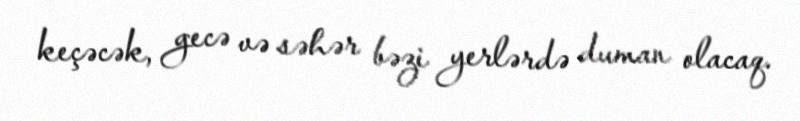
keçəcək, gecə və səhər bəzi yerlərdə duman olacaq.